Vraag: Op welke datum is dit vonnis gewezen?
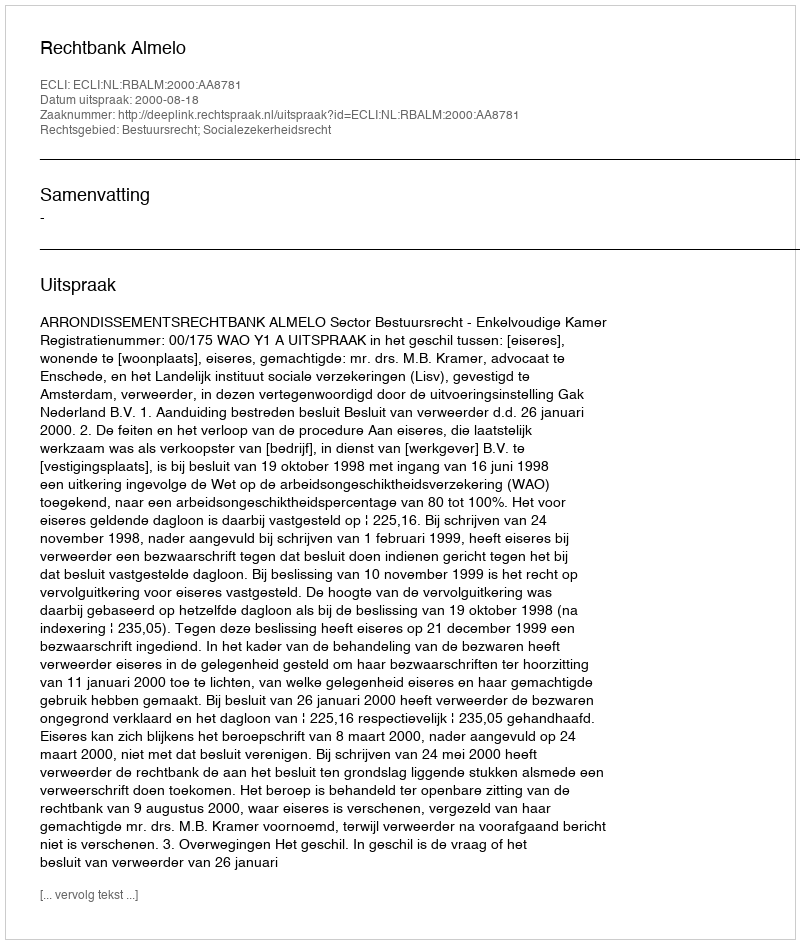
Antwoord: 2000-08-18